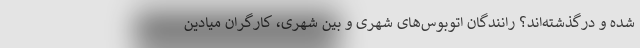
شده و درگذشته‌اند؟ رانندگان اتوبوس‌های شهری و بین شهری، کارگران میادین